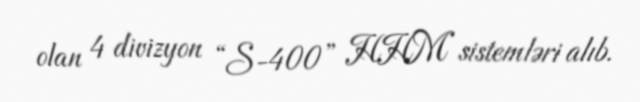
olan 4 divizyon “S-400” HHM sistemləri alıb.